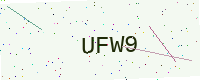
Text: UFW9